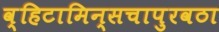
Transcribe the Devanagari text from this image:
व्हिटामिन्सचापुरवठा